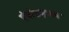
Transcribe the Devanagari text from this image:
एंथोराइनल